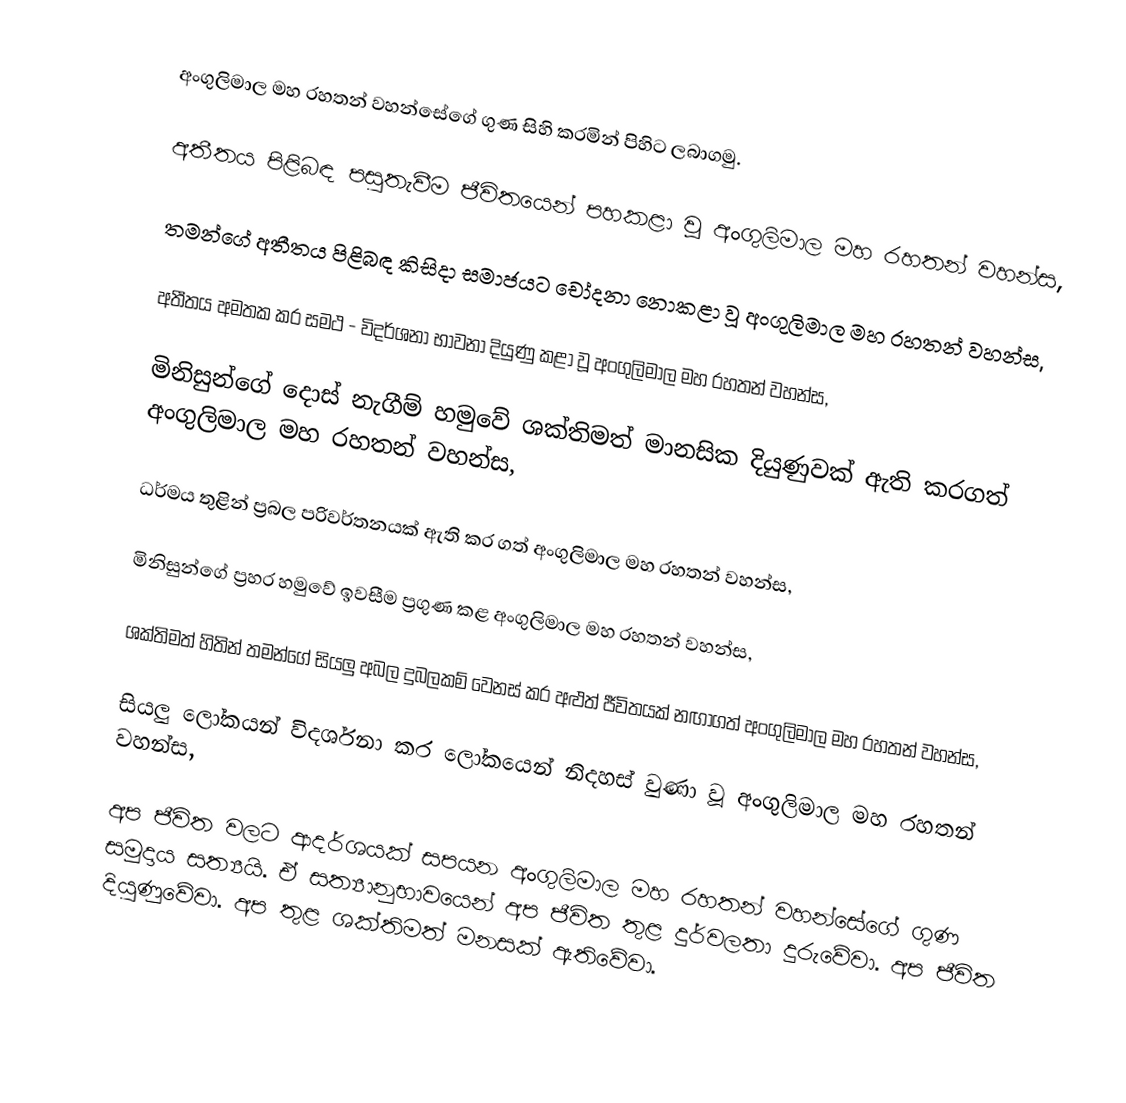
අංගුලිමාල මහ රහතන් වහන්සේගේ ගුණ සිහි කරමින් පිහිට ලබාගමු.

අතීතය පිළිබඳ පසුතැවීම ජීවිතයෙන් පහකළා වූ අංගුලිමාල මහ රහතන් වහන්ස,

තමන්ගේ අතීතය පිළිබඳ කිසිදා සමාජයට චෝදනා නොකළා වූ අංගුලිමාල මහ රහතන් වහන්ස,

අතීතය අමතක කර සමථ - විදර්ශනා භාවනා දියුණු කළා වූ අංගුලිමාල මහ රහතන් වහන්ස,

මිනිසුන්ගේ දොස් නැගීම් හමුවේ ශක්තිමත් මානසික දියුණුවක් ඇති කරගත් අංගුලිමාල මහ රහතන් වහන්ස,

ධර්මය තුළින් ප්‍රබල පරිවර්තනයක් ඇති කර ගත් අංගුලිමාල මහ රහතන් වහන්ස,

මිනිසුන්ගේ ප්‍රහර හමුවේ ඉවසීම ප්‍රගුණ කළ අංගුලිමාල මහ රහතන් වහන්ස,

ශක්තිමත් හිතින් තමන්ගේ සියලු අබල දුබලකම් වෙනස් කර අළුත් ජීවිතයක් නඟාගත් අංගුලිමාල මහ රහතන් වහන්ස,

සියලු ලෝකයන් විදර්ශනා කර ලෝකයෙන් නිදහස් වුණා වූ අංගුලිමාල මහ රහතන් වහන්ස,

අප ජීවිත වලට ආදර්ශයක් සපයන අංගුලිමාල මහ රහතන් වහන්සේගේ ගුණ සමුදාය සත්‍යයි. ඒ සත්‍යානුභාවයෙන් අප ජීවිත තුළ දුර්වලතා දුරුවේවා. අප ජීවිත දියුණුවේවා. අප තුළ ශක්තිමත් මනසක් ඇතිවේවා.